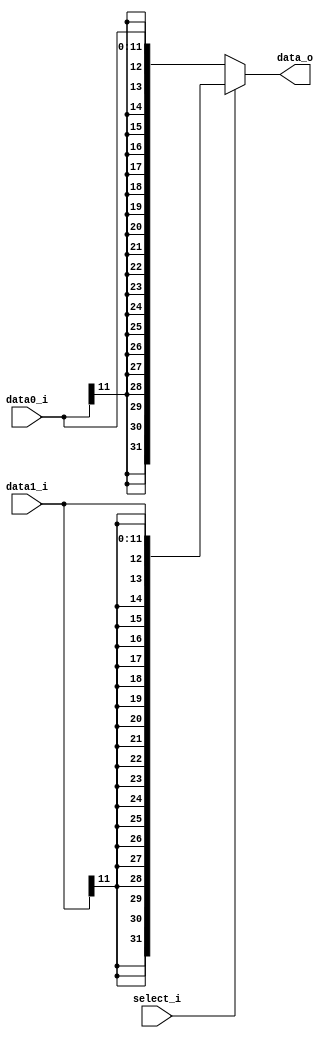
////                                                              ////
////  RISC-V Designe                                              ////
////                                                              ////
////  https://github.com/Abdelazeem201                            ////
////                                                              ////
////  Description                                                 ////
////  Designed RTL of RISC-V system in Verilog                    ////
////                                                              ////
////                                                              ////
////  Author(s):                                                  ////
////      - Ahmed Abdelazeen, ahmed-abdelazeem@outlook.com        ////
////                                                              ////
//////////////////////////////////////////////////////////////////////
module Sign_Extend(  
	input  wire [11:0] data0_i,data1_i,
	input  wire select_i,
	output wire [31:0] data_o
	);

assign data_o = (select_i)? {{20{data1_i[11]}},data1_i} : {{20{data0_i[11]}},data0_i} ; 

endmodule